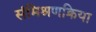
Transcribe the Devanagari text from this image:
संमिश्रणक्रिया